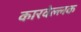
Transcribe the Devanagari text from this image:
कारवेल्लक